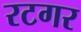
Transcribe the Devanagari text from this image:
रटगर